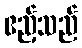
ဧည့်သည်